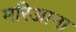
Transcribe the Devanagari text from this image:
मरिआना